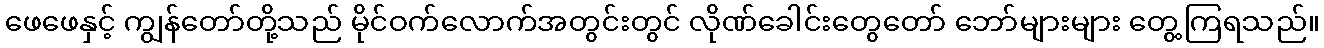
ဖေဖေနှင့် ကျွန်တော်တို့သည် မိုင်ဝက်လောက်အတွင်းတွင် လိုဏ်ခေါင်းတွေတော် ဘော်များများ တွေ့ကြရသည်။